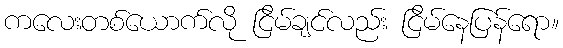
ကလေးတစ်ယောက်လို ငြိမ်ချင်လည်း ငြိမ်နေပြန်ရော။